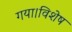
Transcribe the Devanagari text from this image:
गया।विशेष